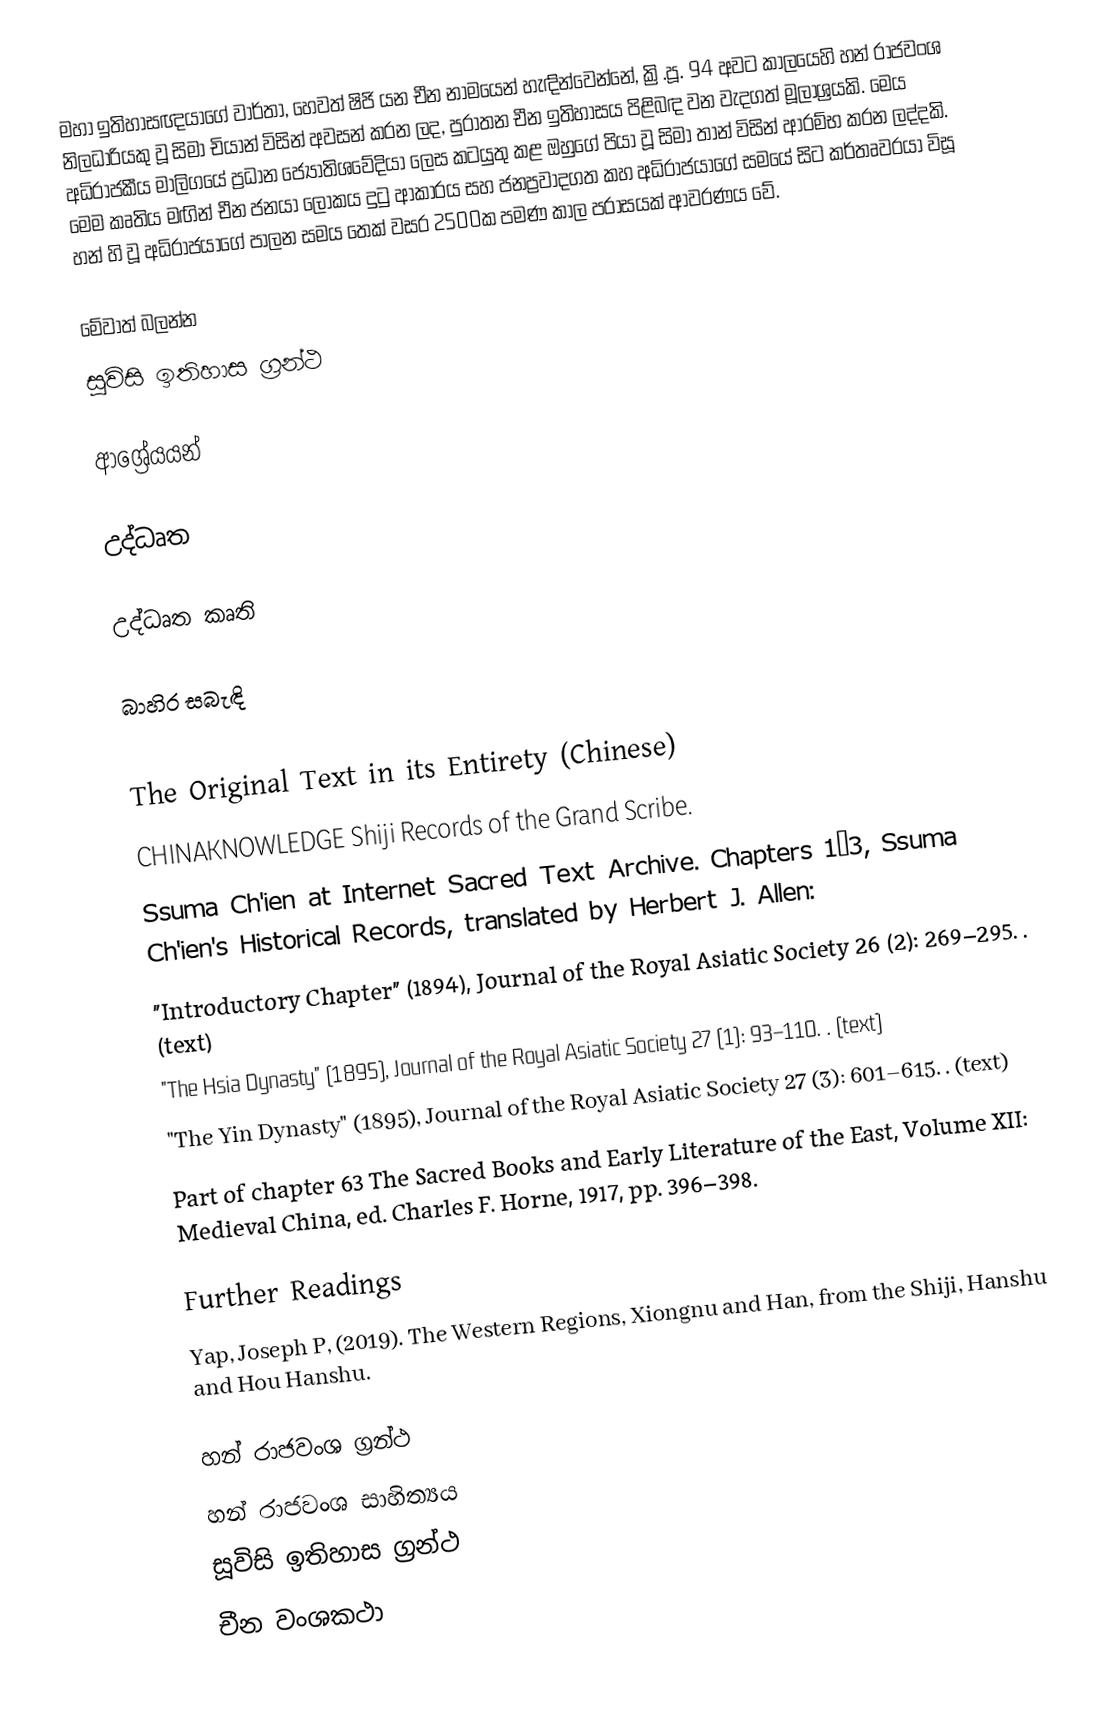
මහා ඉතිහාසඥයාගේ වාර්තා, හෙවත් ෂිජි යන චීන නාමයෙන් හැඳින්වෙන්නේ, ක්‍රි.පූ. 94 අවට කාලයෙහි හන් රාජවංශ නිලධාරියකු වූ සිමා චියාන් විසින් අවසන් කරන ලද, පුරාතන චීන ඉතිහාසය පිළිබඳ වන වැදගත් මූලාශ්‍රයකි. මෙය අධිරාජකීය මාලිගයේ ප්‍රධාන ජ්‍යෝතිශවේදියා ලෙස කටයුතු කළ ඔහුගේ පියා වූ සිමා තාන් විසින් ආරම්භ කරන ලද්දකි. මෙම කෘතිය මඟින් චීන ජනයා ලෝකය දුටු ආකාරය සහ ජනප්‍රවාදගත කහ අධිරාජයාගේ සමයේ සිට කර්තෘවරයා විසූ හන් හි වූ අධිරාජයාගේ පාලන සමය තෙක් වසර 2500ක පමණ කාල පරාසයක් ආවරණය වේ.

මේවාත් බලන්න
සූවිසි ඉතිහාස ග්‍රන්ථ

ආශ්‍රේයයන්

උද්ධෘත

උද්ධෘත කෘති

බාහිර සබැඳි

The Original Text in its Entirety (Chinese)
CHINAKNOWLEDGE Shiji  Records of the Grand Scribe.
Ssuma Ch'ien at Internet Sacred Text Archive. Chapters 1–3, Ssuma Ch'ien's Historical Records, translated by Herbert J. Allen:
 "Introductory Chapter" (1894), Journal of the Royal Asiatic Society 26 (2): 269–295. . (text)
 "The Hsia Dynasty" (1895), Journal of the Royal Asiatic Society 27 (1): 93–110. . (text)
 "The Yin Dynasty" (1895), Journal of the Royal Asiatic Society 27 (3): 601–615. . (text)
 Part of chapter 63 The Sacred Books and Early Literature of the East, Volume XII: Medieval China, ed. Charles F. Horne, 1917, pp. 396–398.

Further Readings
 Yap, Joseph P, (2019). The Western Regions, Xiongnu and Han, from the Shiji, Hanshu and Hou Hanshu.

හන් රාජවංශ ග්‍රන්ථ
හන් රාජවංශ සාහිත්‍යය
සූවිසි ඉතිහාස ග්‍රන්ථ
චීන වංශකථා